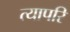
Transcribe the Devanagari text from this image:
त्यापरि